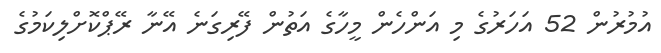
އުމުރުން 52 އަހަރުގެ މި އަންހެން މީހާގެ އަތުން ފޭރިގަނެ އޭނާ ރޭޕްކޮށްލިކަމުގެ